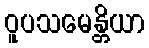
ဝူပသမေန္တိယာ